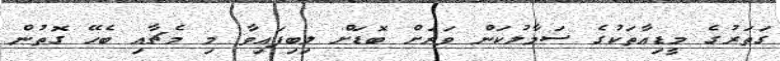
ގަތަރުގެ މީޑިއާތަކުގެ ސަމާލުކަން ވަރަށް ބޮޑަށް ލިބިފައިވާ މި މެޗާއި ބެހޭ ގޮތުން